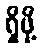
ရှိဖို့